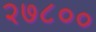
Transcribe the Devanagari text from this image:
२७८००